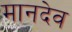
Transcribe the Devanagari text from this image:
मानदेव